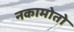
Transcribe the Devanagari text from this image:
नकामोतो